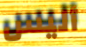
أليس